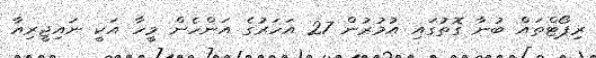
ރިޕޯޓްތައް ބުނާ ގޮތުގައި އުމުރުން 27 އަހަރުގެ އަންހެން މީހާ އަކީ ނައިޖީރިއާ